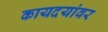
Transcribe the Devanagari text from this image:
कायदयांवर